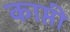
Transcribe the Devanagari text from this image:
काप्ती